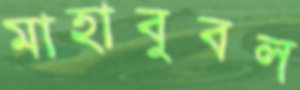
মাহাবুবল